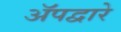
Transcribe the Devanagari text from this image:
ॲपद्वारे